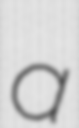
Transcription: a